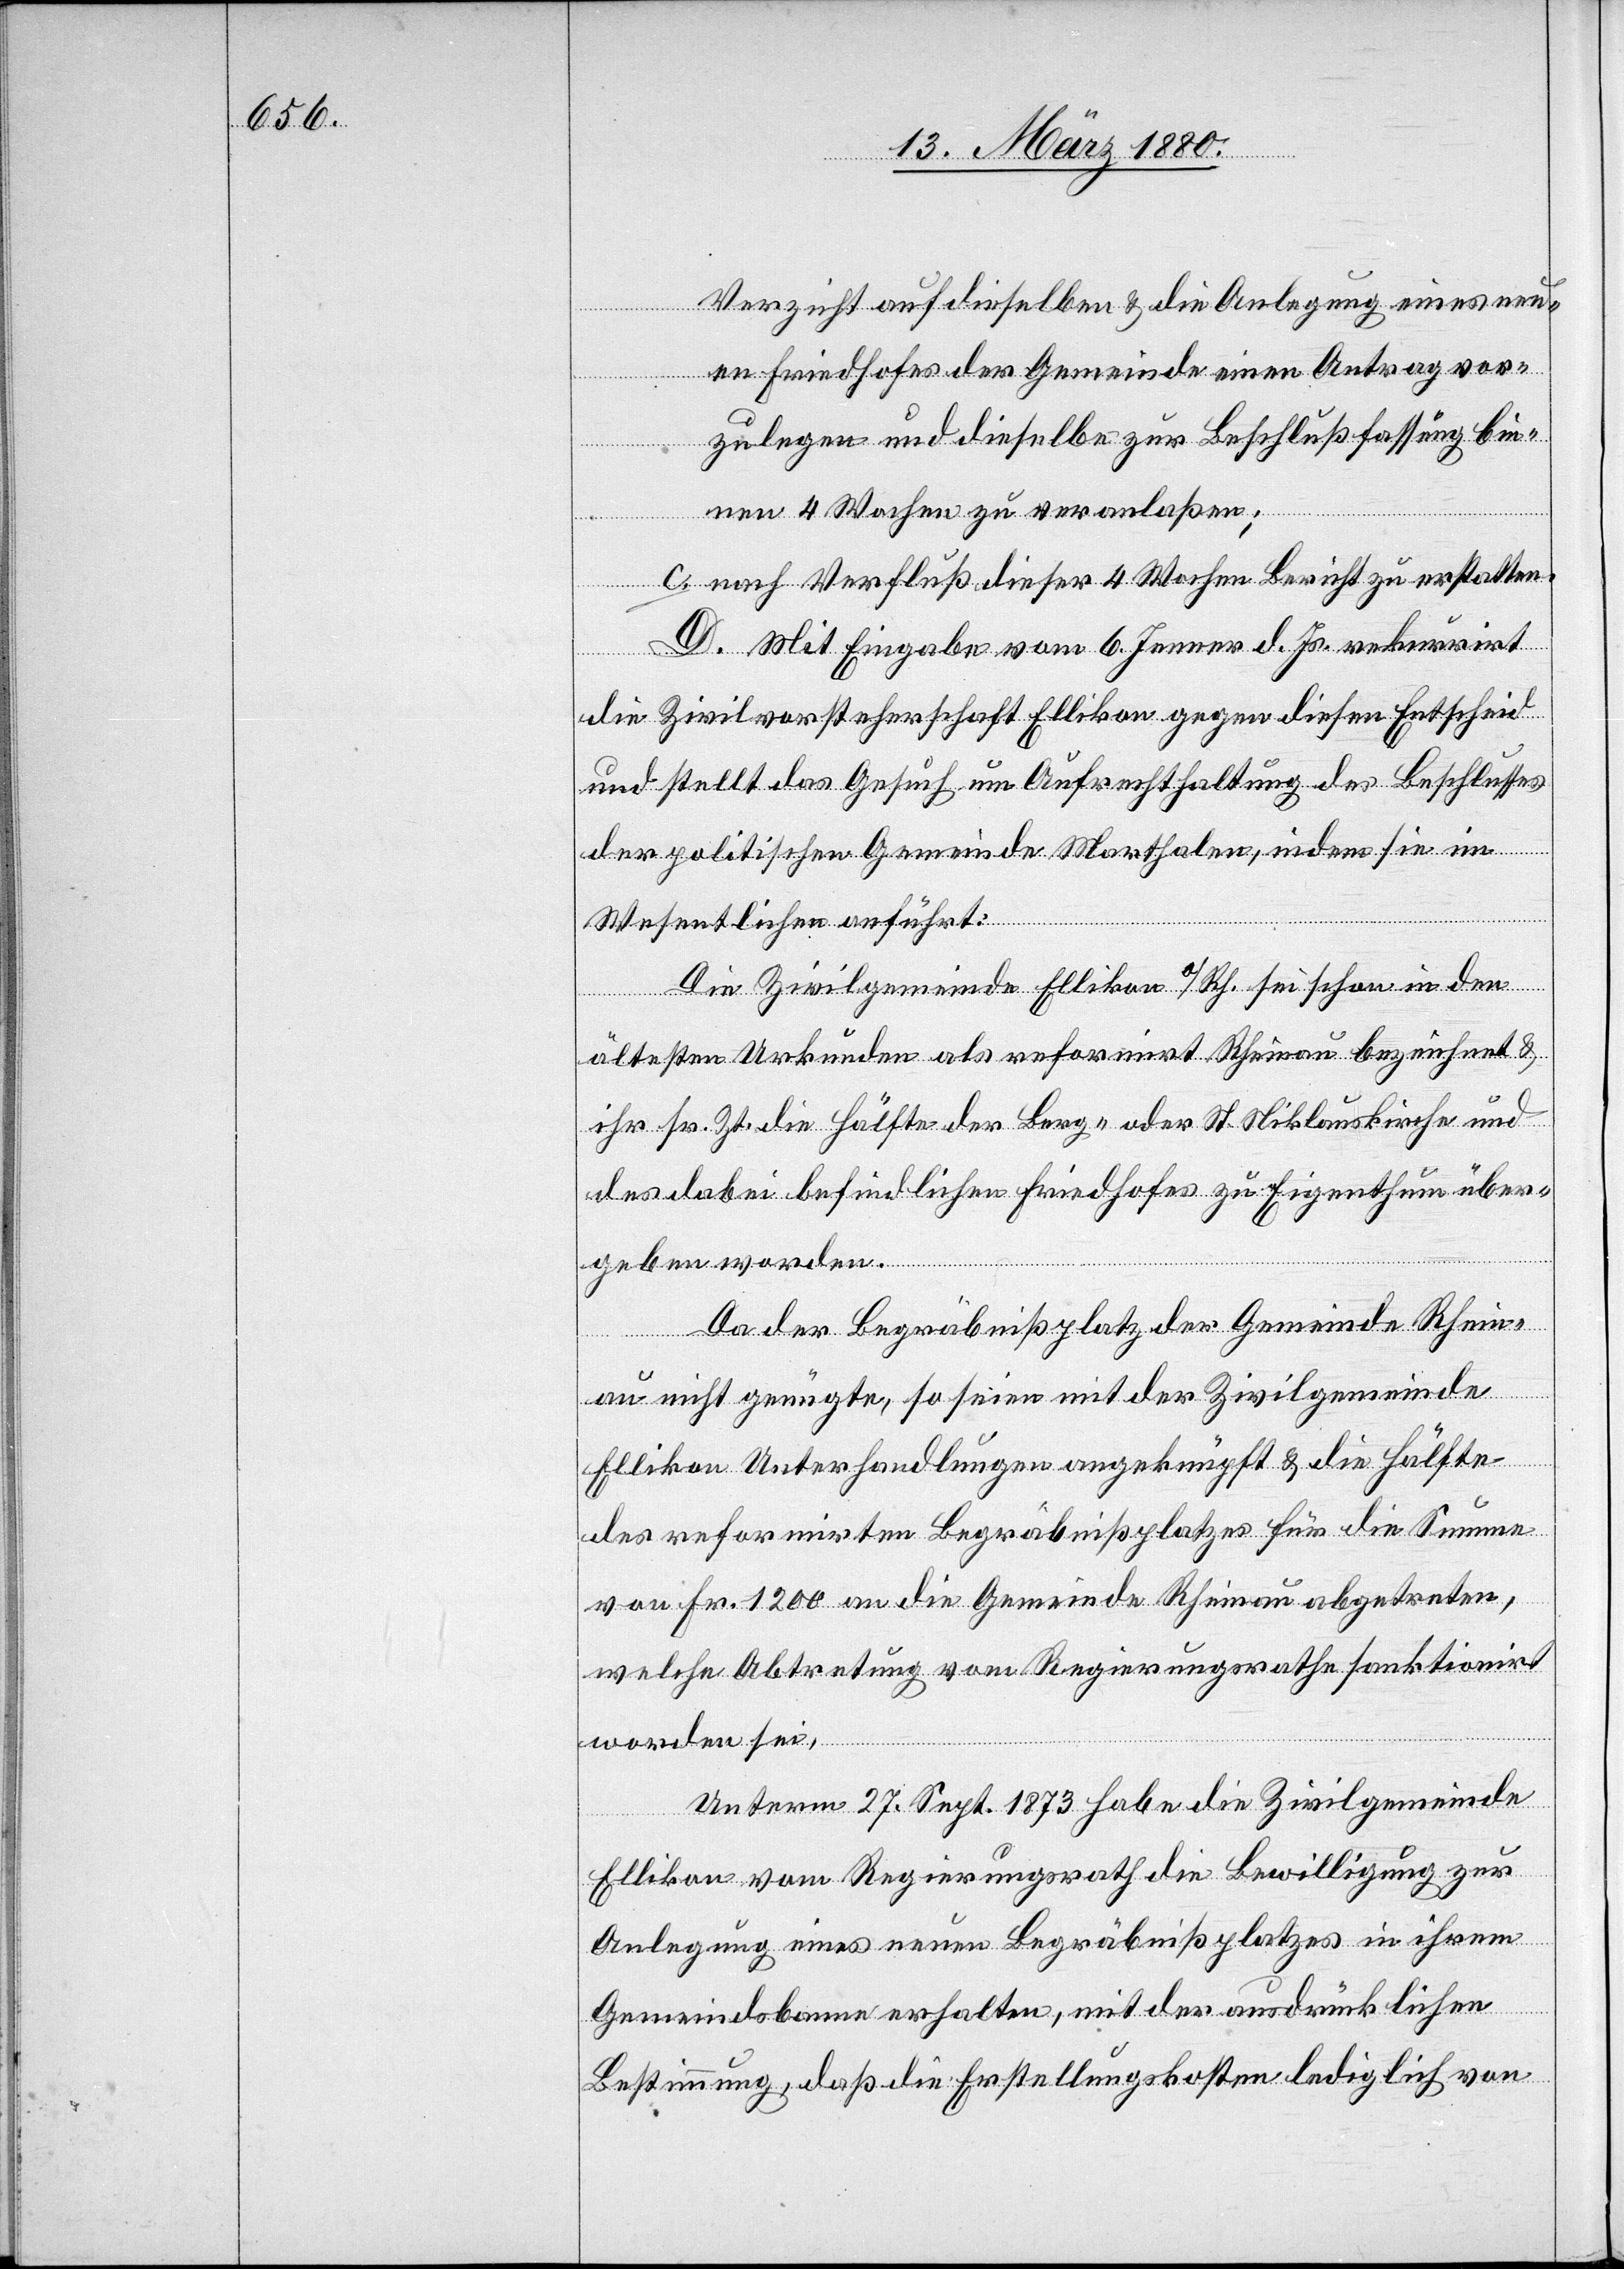
Verzicht auf dieselben & die Anlegung eines neu¬
en Friedhofes der Gemeinde einen Antrag vor¬
zulegen und dieselbe zur Beschlußfassung bin¬
nen 4 Wochen zu veranlaßen;
nach Verfluß dieser 4 Wochen Bericht zu erstatten.
D. Mit Eingabe vom 6. Jenner d. Js. rekurrirt
die Zivilvorsteherschaft Ellikon gegen diesen Entscheid
und stellt das Gesuch um Aufrechterhaltung des Beschlusses
der politischen Gemeinde Marthalen, indem sie im
Wesentlichen anführt:
Die Zivilgemeinde Ellikon a/Rh. sei schon in den
ältesten Urkunden als reformirt Rheinau bezeichnet &
ihr sr. Zt. die Hälfte der Berg- oder St. Niklauskirche und
des dabei befindlichen Friedhofes zu Eigenthum über¬
geben worden.
Da der Begräbnißplatz der Gemeinde Rhein¬
au nicht genügte, so seien mit der Zivilgemeinde
Ellikon Unterhandlungen angeknüpft & die Hälfte
des reformirten Begräbnißplatzes für die Summe
von Fr. 1200 an die Gemeinde Rheinau abgetreten,
welche Abtretung vom Regierungsrathe sanktionirt
worden sei.
Unterm 27. Sept. 1873 habe die Zivilgemeinde
Ellikon vom Regierungsrath die Bewilligung zur
Anlegung eines neuen Begräbnißplatzes in ihrem
Gemeindsbanne erhalten, mit der ausdrücklichen
Bestimmung, daß die Erstellungskosten lediglich von